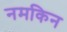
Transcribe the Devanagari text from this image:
नमकिन